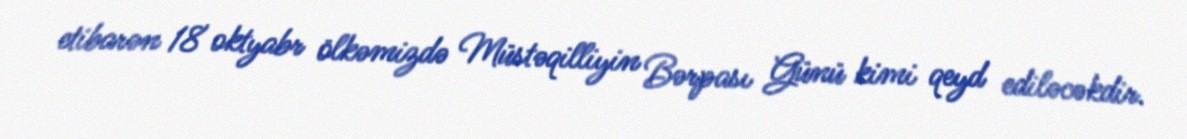
etibarən 18 oktyabr ölkəmizdə Müstəqilliyin Bərpası Günü kimi qeyd ediləcəkdir.